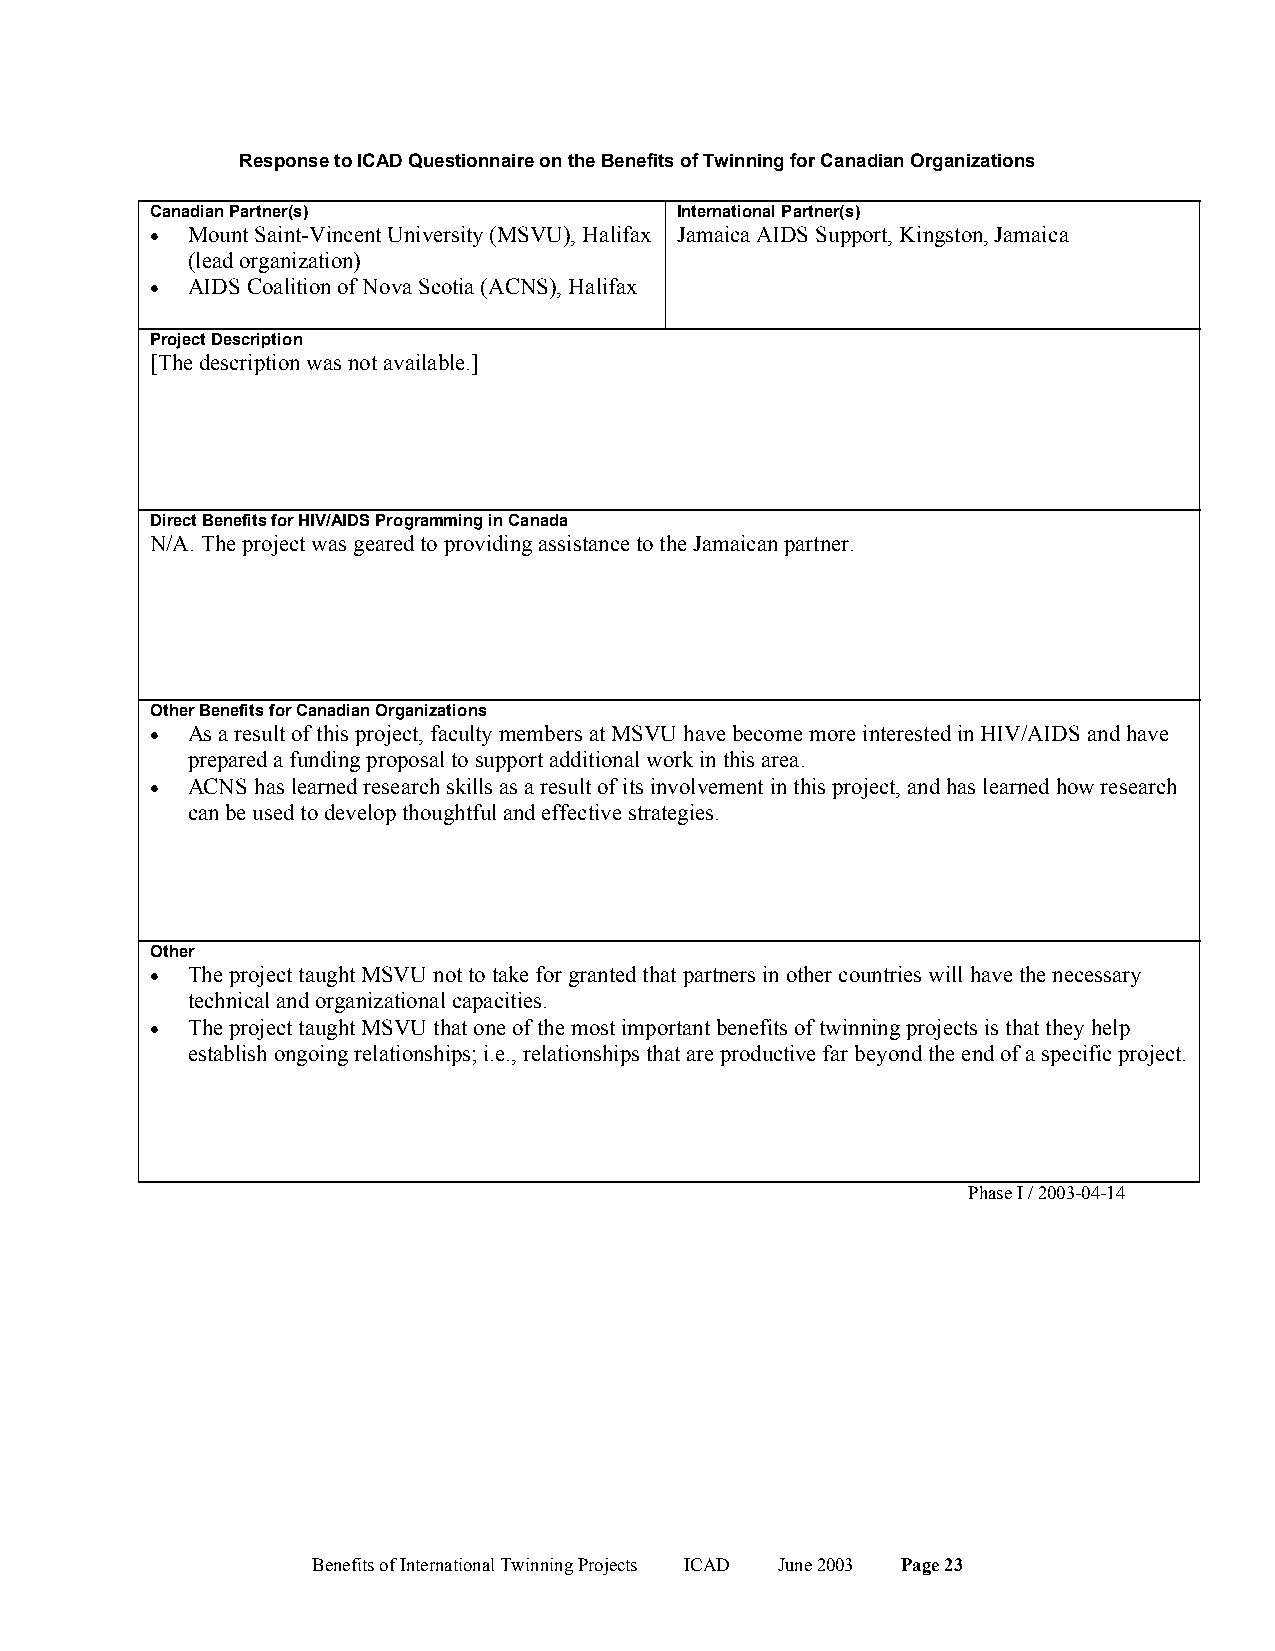
Response to ICAD Questionnaire on the Benefits of Twinning for Canadian Organizations
 Canadian Partner(s)                International Partner(s)
 • Mount Saint-Vincent University (MSVU), Halifax Jamaica AIDS Support, Kingston, Jamaica
 (lead organization)
 • AIDS Coalition of Nova Scotia (ACNS), Halifax
 Project Description
 [The description was not available.]
 Direct Benefits for HIV/AIDS Programming in Canada
 N/A. The project was geared to providing assistance to the Jamaican partner.
 Other Benefits for Canadian Organizations
 • As a result of this project, faculty members at MSVU have become more interested in HIV/AIDS and have
 prepared a funding proposal to support additional work in this area.
 • ACNS has learned research skills as a result of its involvement in this project, and has learned how research
 can be used to develop thoughtful and effective strategies.
 Other
 • The project taught MSVU not to take for granted that partners in other countries will have the necessary
 technical and organizational capacities.
 • The project taught MSVU that one of the most important benefits of twinning projects is that they help
 establish ongoing relationships; i.e., relationships that are productive far beyond the end of a specific project.
 Phase I / 2003-04-14
 Benefits of International Twinning Projects ICAD June 2003 Page 23